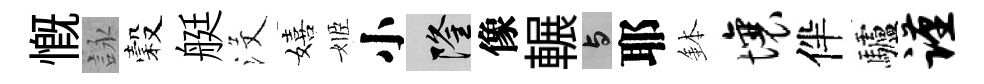
慨詠穀艇沒嬉姬小隆像輾与耶鉢壤伴驢谨